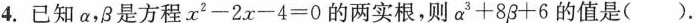
4.已知α，β是方程$$x^{ 2 } - 2 x - 4 = 0$$的两实根，则$$α^{ 3 }+8 β + 6$$的值是( ).